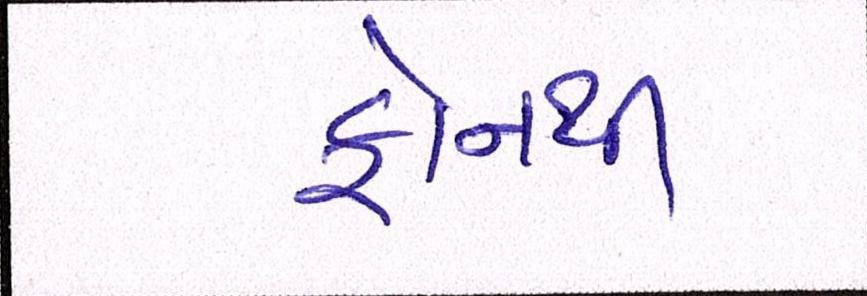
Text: ફોનથી